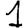
Digit: 1